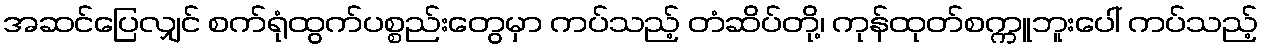
အဆင်ပြေလျှင် စက်ရုံထွက်ပစ္စည်းတွေမှာ ကပ်သည့် တံဆိပ်တို့၊ ကုန်ထုတ်စက္ကူဘူးပေါ် ကပ်သည့်